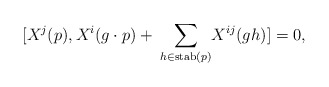
\begin{align*} [X^{j}(p),X^i(g\cdot p) +\: \underset{h\in \mathrm{stab}(p)}{\sum} X^{ij}(gh)]=0,\end{align*}